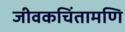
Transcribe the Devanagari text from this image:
जीवकचिंतामणि